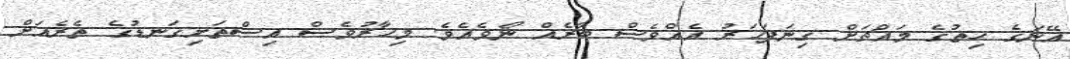
އޭނަގެ ހިތުގެ މައްޗަށް ގިނަފަހަރު އެއްވެސް ބާރެއް ނޯވެއެވެ. މިހާރުވެސް އިސްތަށިގަނޑުގެ ތެރެއަށް